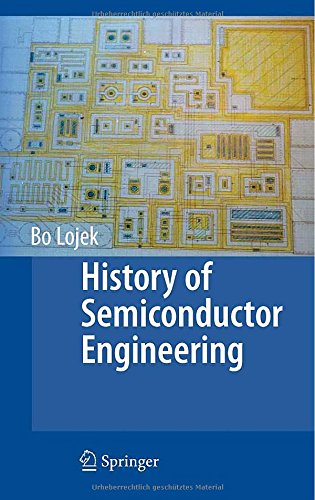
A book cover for History of Semiconductor Engineering; Bo Lojek; Computers & Technology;